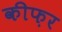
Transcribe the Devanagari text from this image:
कीफ़र